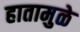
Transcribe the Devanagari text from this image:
हातामुळे